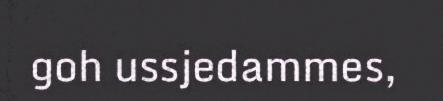
goh ussjedammes,